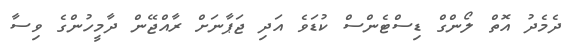
ދެމެދު އޮތް ލޯންގް ޑިސްޓެންސް ކުޑަވެ އަދި ޖަޕާނަށް ރާއްޖޭން ދާމީހުންގެ ވިސާ